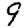
Digit: 9